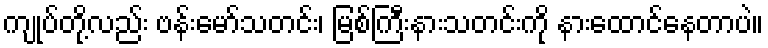
ကျုပ်တို့လည်း ဗန်းမော်သတင်း၊ မြစ်ကြီးနားသတင်းကို နားထောင်နေတာပဲ။